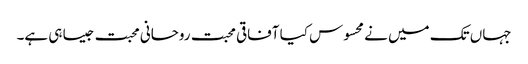
جہاں تک میں نے محسوس کیا آفاقی محبت روحانی محبت جیسا ہی ہے۔